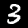
Label: 3